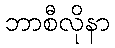
ဘာစီလိုနာ